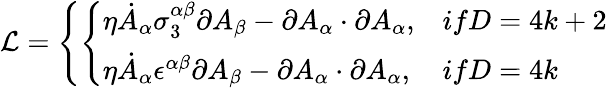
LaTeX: {\cal L}=\left\{ \left\{ \begin{array}{ll}{{\eta\dot{A}_{\alpha}\sigma_{3}^{\alpha\beta}\partial A_{\beta}-\partial A_{\alpha}\cdot\partial A_{\alpha},}}&{{ifD=4k+2}}\\ {{\eta\dot{A}_{\alpha}\epsilon^{\alpha\beta}\partial A_{\beta}-\partial A_{\alpha}\cdot\partial A_{\alpha},}}&{{ifD=4k}}\end{array}\right.\right.